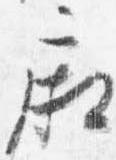
廂